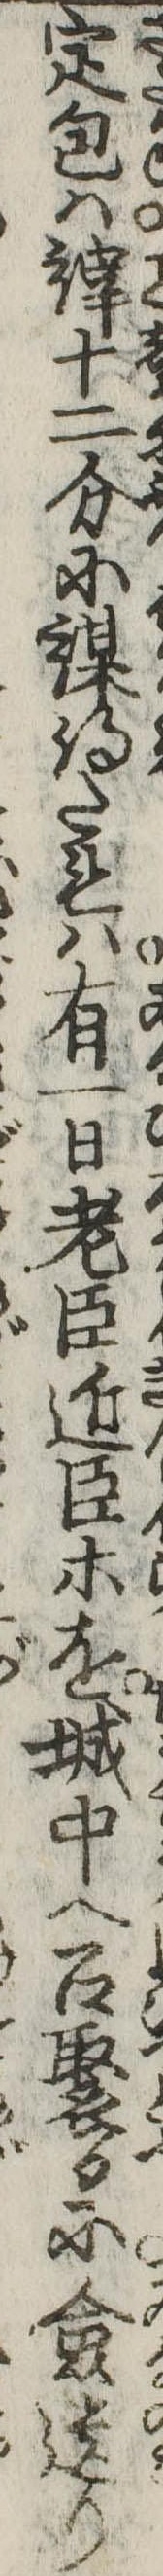
定包は縡十二分に謀得たれは有一日老臣近臣等を城中へ召聚るに僉遺り